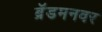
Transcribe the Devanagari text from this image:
ब्रॅडमनवर